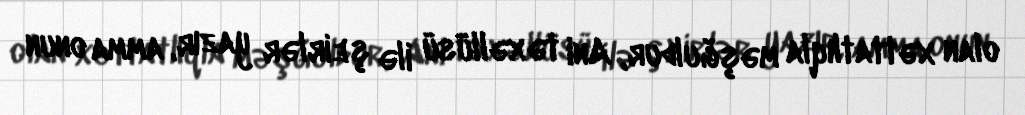
olan xəttatlıqla məşğuldur, Ani təxəllüsü ilə şeirlər yazır, amma onun